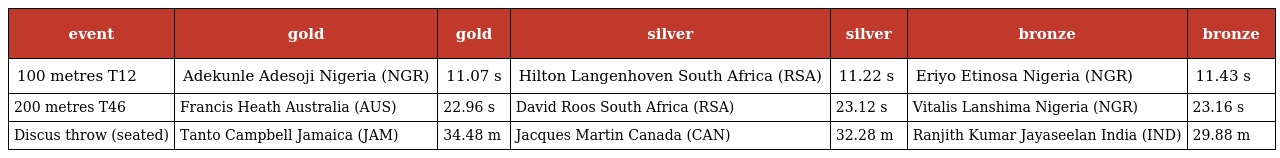
| event | gold | gold | silver | silver | bronze | bronze |
 | --- | --- | --- | --- | --- | --- | --- |
 | 100 metres T12 | Adekunle Adesoji Nigeria (NGR) | 11.07 s | Hilton Langenhoven South Africa (RSA) | 11.22 s | Eriyo Etinosa Nigeria (NGR) | 11.43 s |
 | 200 metres T46 | Francis Heath Australia (AUS) | 22.96 s | David Roos South Africa (RSA) | 23.12 s | Vitalis Lanshima Nigeria (NGR) | 23.16 s |
 | Discus throw (seated) | Tanto Campbell Jamaica (JAM) | 34.48 m | Jacques Martin Canada (CAN) | 32.28 m | Ranjith Kumar Jayaseelan India (IND) | 29.88 m |